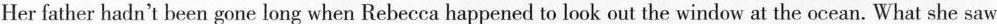
Her father hadn't been gone long when Rebecca happened to look out the window at the ocean. What she saw